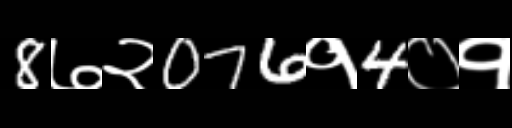
Text: 8७२076१4०१